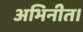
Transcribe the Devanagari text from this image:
अभिनीत।